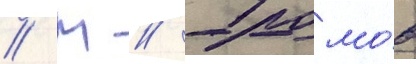
// М // Громо́в